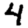
Digit: 4